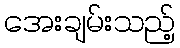
အေးချမ်းသည့်